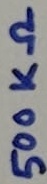
Text: 500KΩ